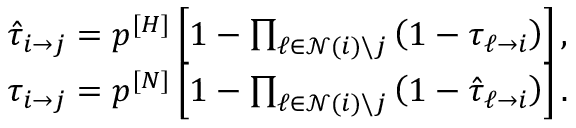
\begin{array} { r } { \hat { \tau } _ { i \rightarrow j } = p ^ { [ H ] } \left[ 1 - \prod _ { \ell \in \mathcal { N } ( i ) \backslash j } \left( 1 - \tau _ { \ell \rightarrow i } \right) \right] , } \\ { \tau _ { i \rightarrow j } = p ^ { [ N ] } \left[ 1 - \prod _ { \ell \in \mathcal { N } ( i ) \backslash j } \left( 1 - \hat { \tau } _ { \ell \rightarrow i } \right) \right] . } \end{array}